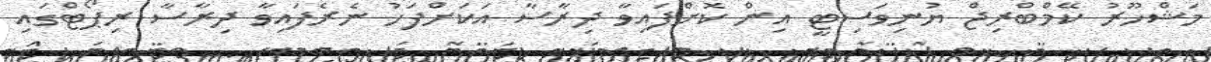
މަޝްހޫރު ކޭމްބްރިޖް ޔުނިވަސިޓީ އިން ކޮށްފައިވާ ދިރާސާ އަކަށްފަހު ނެރެފައިވާ ދިރާސާ ރިޕޯޓްގައި